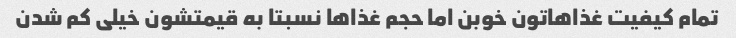
تمام کیفیت غذاهاتون خوبن اما حجم غذاها نسبتا به قیمتشون خیلی کم شدن